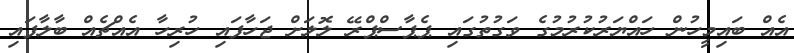
އެއް ބައިމީހުން ހައްޔަރުކުރުމުގެ ވަގުތުގައި ޕެޕާސްޕްރޭ ލޮލަށް ޖަހާފައި ހުރިހާ އެއްޗެއް ބާލާފައި